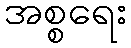
အစ္စရေး